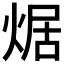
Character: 𤉸